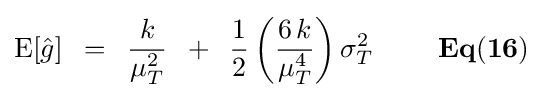
{\rm {E}}[{\hat {g}}]\,\,\,=\,\,\,{k \over {\mu _{T}^{2}}}\,\,\,+\,\,\,{1 \over 2}\left({{6\,k} \over {\mu _{T}^{4}}}\right)\sigma _{T}^{2}{\mathbf {\,\,\,\,\,\,\,\,\,\,\,\,\,\,Eq(16)} }